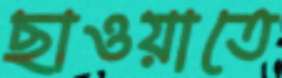
ছাওয়াতে